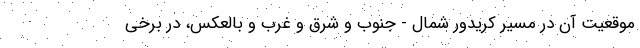
موقعیت آن در مسیر کریدور شمال - جنوب و شرق و غرب و بالعکس، در برخی